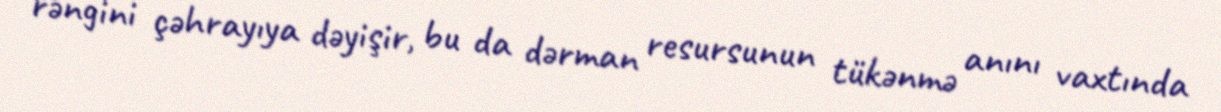
rəngini çəhrayıya dəyişir, bu da dərman resursunun tükənmə anını vaxtında